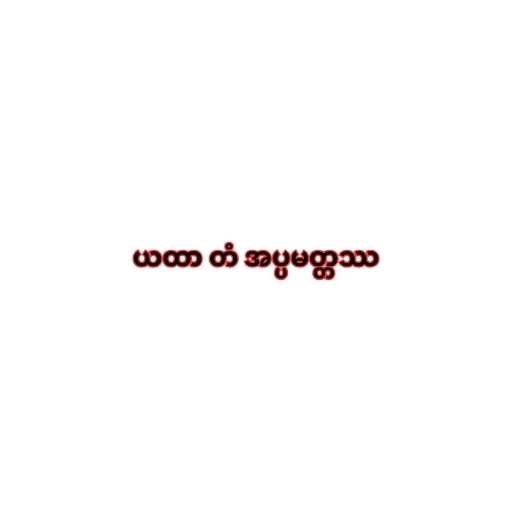
ယထာ တံ အပ္ပမတ္တဿ